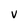
Character: V